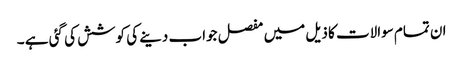
ان تمام سوالات کا ذیل میں مفصل جواب دینے کی کوشش کی گئی ہے ۔